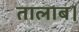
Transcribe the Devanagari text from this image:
तालाब।